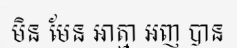
មិន មែន អាត្មា អញ បាន